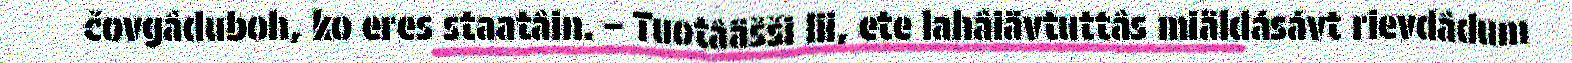
čovgâduboh, ko eres staatâin. – Tuotâäšši lii, ete lahâiävtuttâs miäldásávt rievdâdum